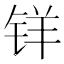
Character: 𰽽